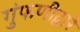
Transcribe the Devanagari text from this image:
गुंफणीद्वारे